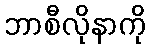
ဘာစီလိုနာကို